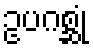
ဥပဂစ္ဆုံ